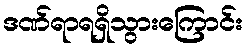
ဒဏ်ရာရရှိသွားကြောင်း